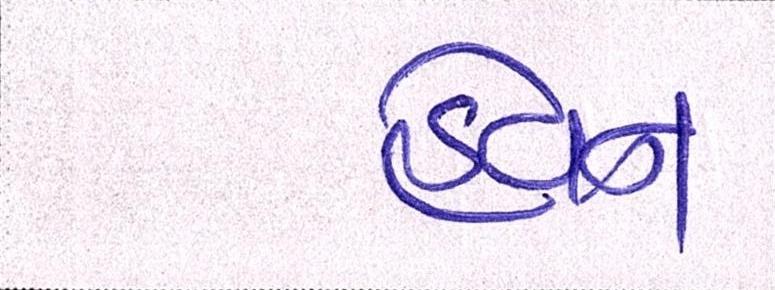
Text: હેવન